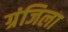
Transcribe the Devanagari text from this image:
ग्रंजिला